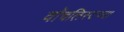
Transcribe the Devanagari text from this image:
वॉचलिस्टच्या